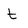
Character: t